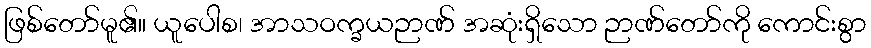
ဖြစ်တော်မူ၏။ ယူပေါစ၊ အာသဝက္ခယဉာဏ် အဆုံးရှိသော ဉာဏ်တော်ကို ကောင်းစွာ